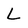
Character: L